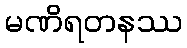
မဏိရတနဿ